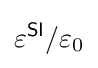
\varepsilon ^{\textsf {SI}}/\varepsilon _{0}